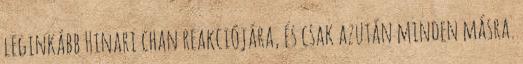
leginkább Hinari chan reakciójára, és csak azután minden másra.